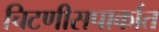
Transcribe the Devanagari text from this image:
चिटणीसपार्कात